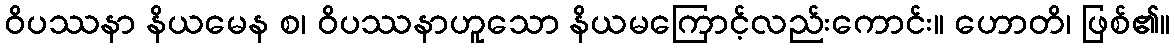
ဝိပဿနာ နိယမေန စ၊ ဝိပဿနာဟူသော နိယမကြောင့်လည်းကောင်း။ ဟောတိ၊ ဖြစ်၏။